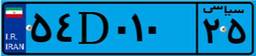
۵۴D۰۱۰۲۵